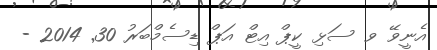
އެނީވޭ ވ ސަޅި ކީޕް އިޓް އަޕް ޑިސެމްބަރު 30